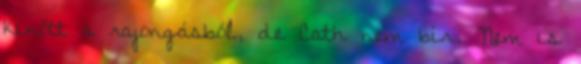
kinőtt a rajongásból, de Cath nem bír. Nem is